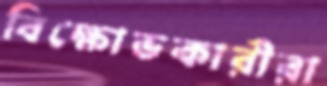
বিক্ষোভকারীরা